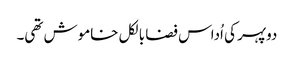
دوپہر کی اُداس فضا بالکل خاموش تھی۔